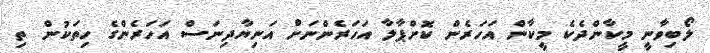
ލޯބިވާނީ މީކާންދެކެ މީކާން އަހަރެން ކޮށްޕާލާ އަހަރެންނަށް އަނިޔާދިނަސް އަހަރެންގެ ހިތަކުން ތި